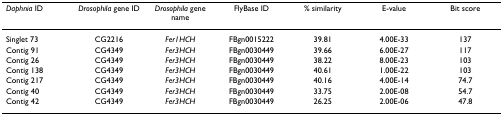
<table><thead><tr><td><b><i>Daphnia </i>ID</b></td><td><b><i>Drosophila </i>gene ID</b></td><td><b><i>Drosophila </i>gene name</b></td><td><b>FlyBase ID</b></td><td><b>% similarity</b></td><td><b>E-value</b></td><td><b>Bit score</b></td></tr></thead><tbody><tr><td>Singlet 73</td><td>CG2216</td><td><i>Fer1HCH</i></td><td>FBgn0015222</td><td>39.81</td><td>4.00E-33</td><td>137</td></tr><tr><td>Contig 91</td><td>CG4349</td><td><i>Fer3HCH</i></td><td>FBgn0030449</td><td>39.66</td><td>6.00E-27</td><td>117</td></tr><tr><td>Contig 26</td><td>CG4349</td><td><i>Fer3HCH</i></td><td>FBgn0030449</td><td>38.22</td><td>8.00E-23</td><td>103</td></tr><tr><td>Contig 138</td><td>CG4349</td><td><i>Fer3HCH</i></td><td>FBgn0030449</td><td>40.61</td><td>1.00E-22</td><td>103</td></tr><tr><td>Contig 217</td><td>CG4349</td><td><i>Fer3HCH</i></td><td>FBgn0030449</td><td>40.16</td><td>4.00E-14</td><td>74.7</td></tr><tr><td>Contig 40</td><td>CG4349</td><td><i>Fer3HCH</i></td><td>FBgn0030449</td><td>33.75</td><td>2.00E-08</td><td>54.7</td></tr><tr><td>Contig 42</td><td>CG4349</td><td><i>Fer3HCH</i></td><td>FBgn0030449</td><td>26.25</td><td>2.00E-06</td><td>47.8</td></tr></tbody></table>